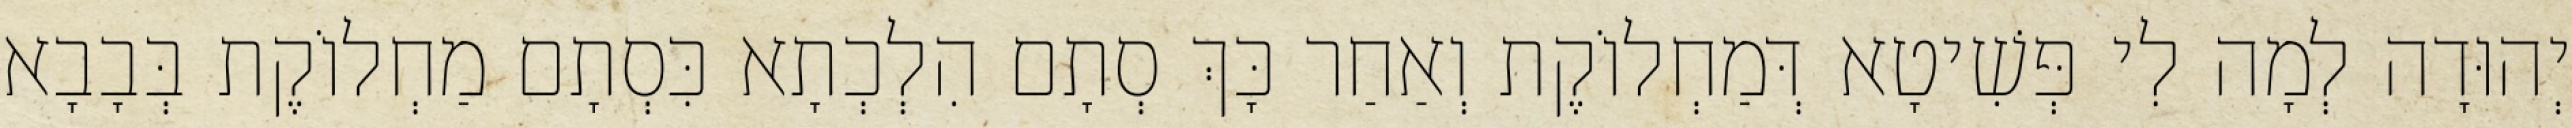
יְהוּדָה לְמָה לִי פְּשִׁיטָא דְּמַחְלוֹקֶת וְאַחַר כָּךְ סְתָם הִלְכְתָא כִּסְתָם מַחְלוֹקֶת בְּבָבָא